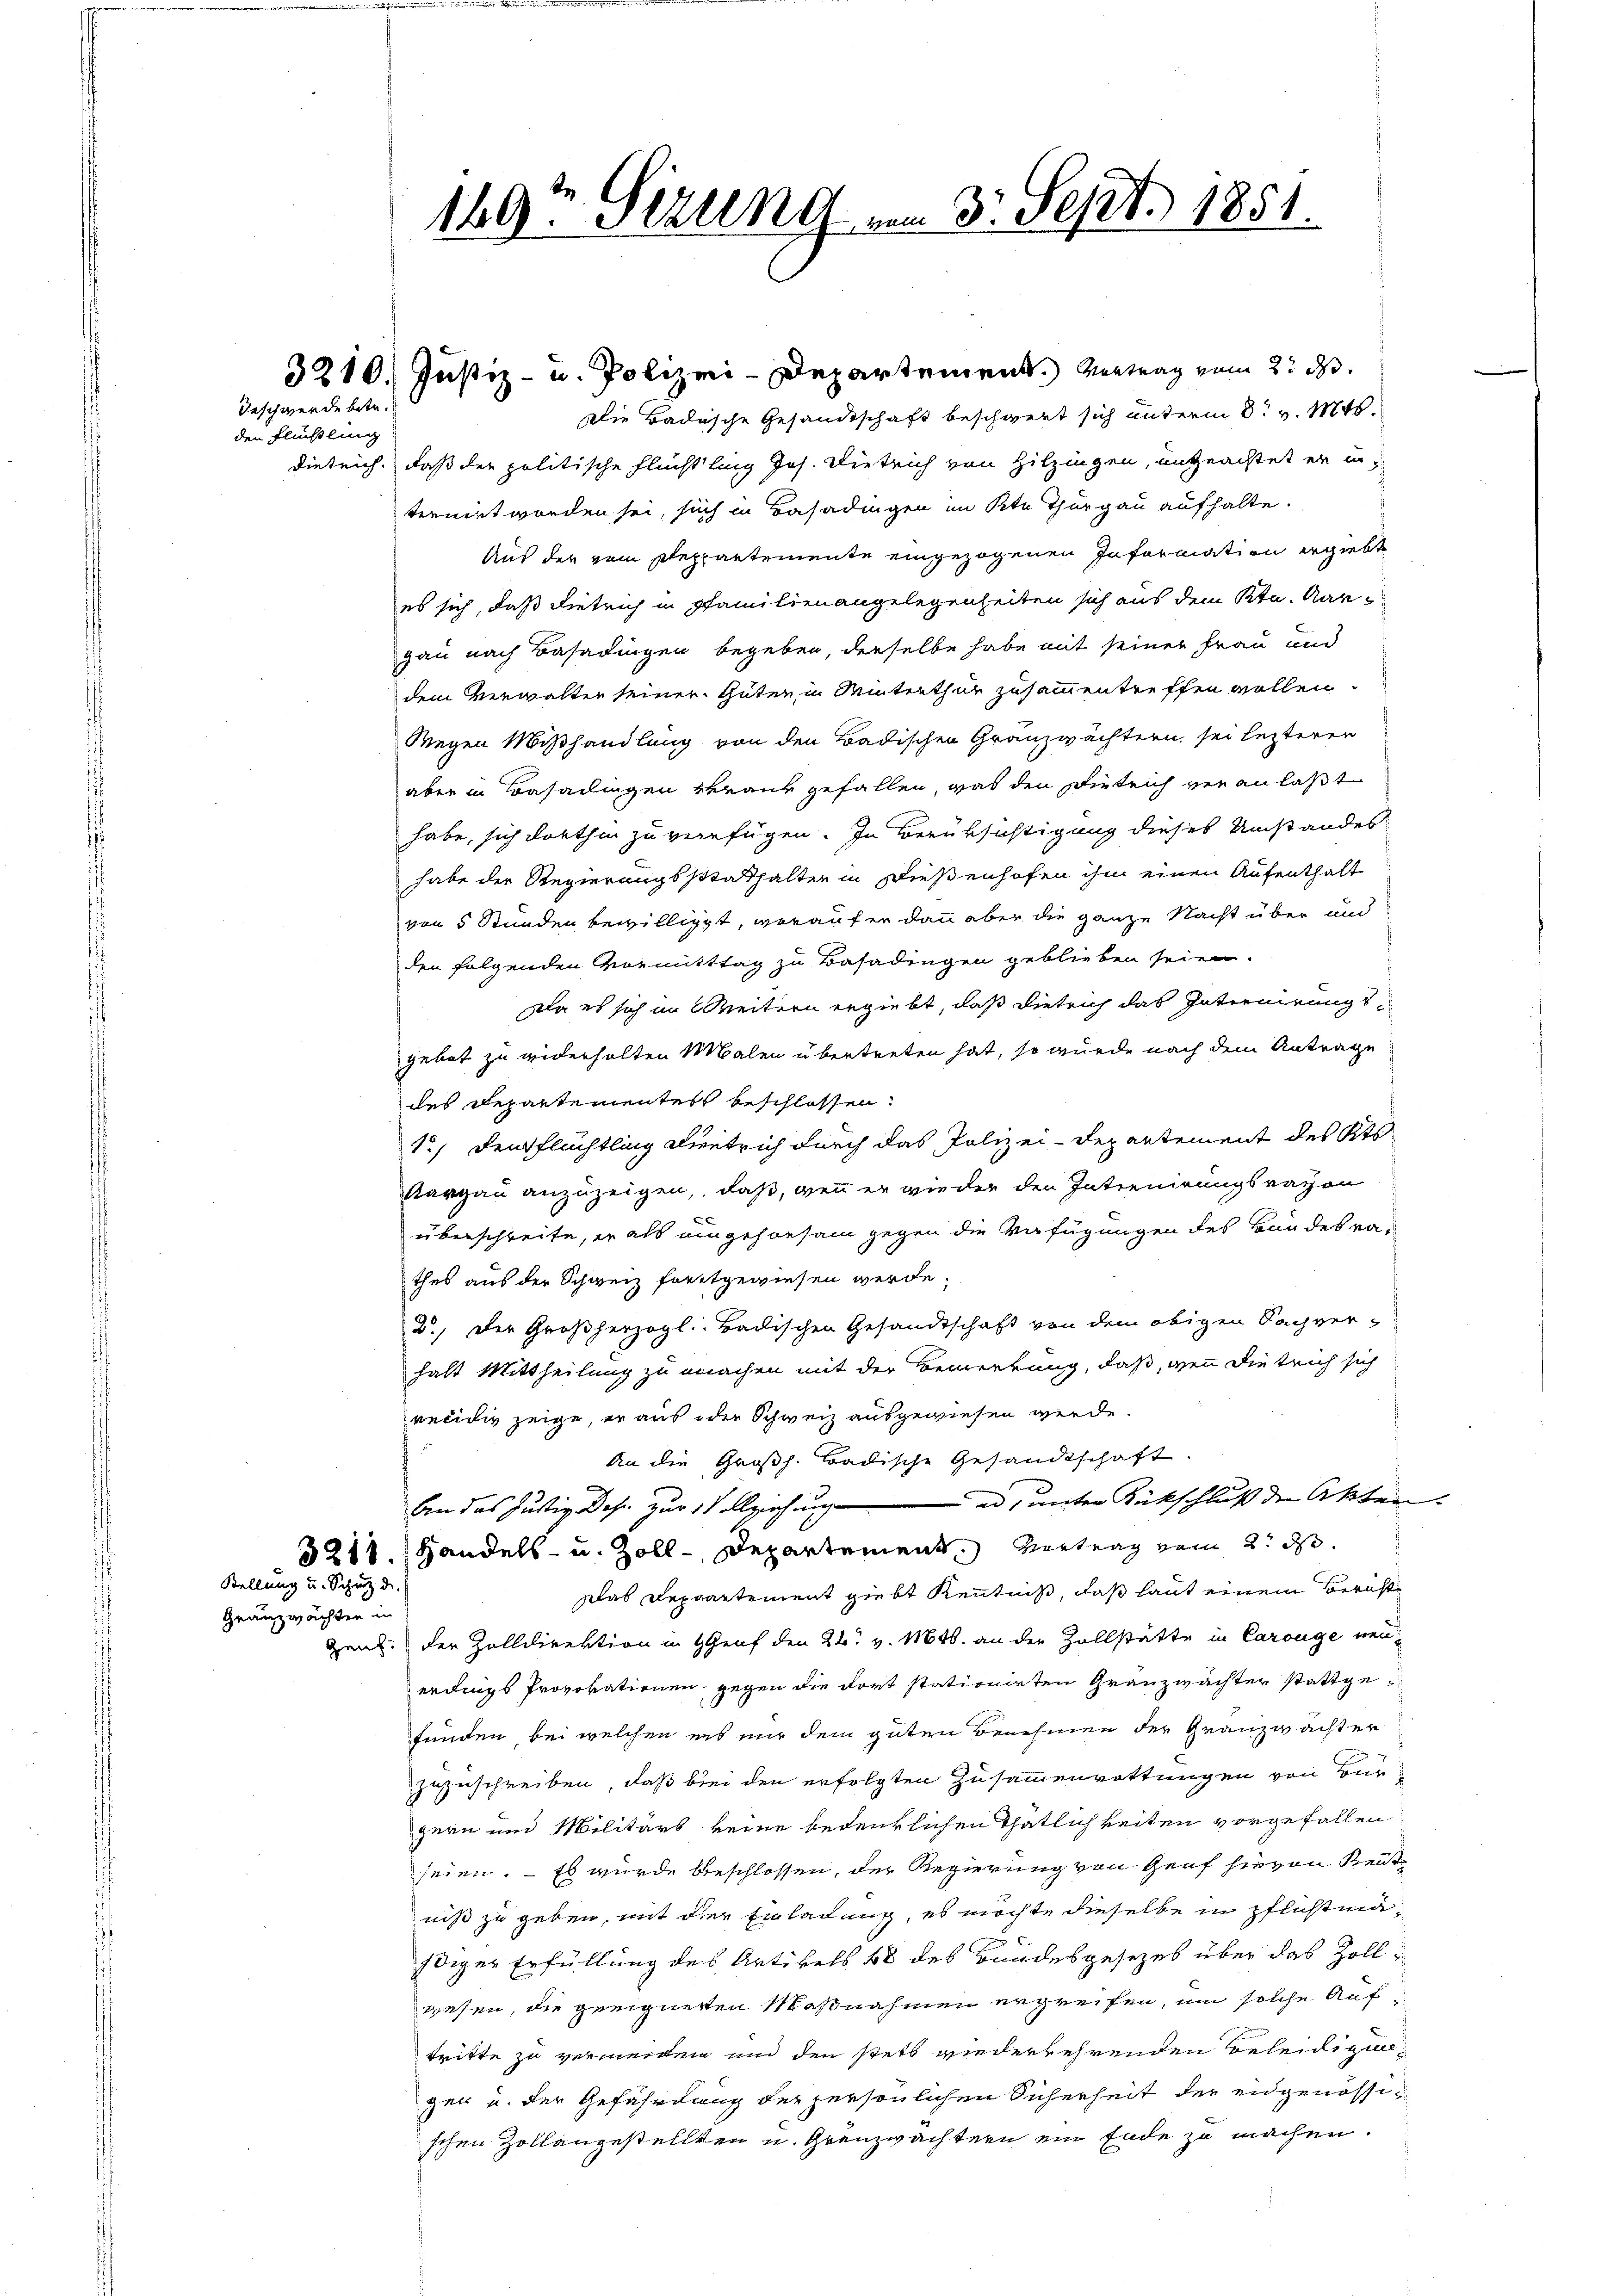
Beschwerde betr.
den Flückling

Stellung u. Schutz de

Granzwachten in

3210. Justiz- u. Polizei-Departement. Vertrag vom 2. ds.
Die Badische Gesandtschaft beschwert sich unterm 8t v. Mts.
dieleich, daß der politische Flüchtling Jos. Dietrich von Hitzingen, ungeachtet er in
ternirt worden sei, sich in Basadingen im Kt. Thurgau aufhalte.
Aus der vom Deppartemente eingezogenen Information ergiebt
es sich, daß Dietrich in pfamilienangelegenheiten sich aus dem Ktn. Aar-
gau nach Basadingen begeben, derselbe habe mit seiner Frau und
dem Verwalten seiner Güter in Winterthur zusammentreffen wollen.
Wegen Maßhandlung von den Badischen Granzwächtern sei lezteren
aber in Basadingen verank gefallen, was den Dieleich veranlaßt
habe, sich dorthin zu verfügen. In Berüksichtigung dieses Umstandes
habe der Regierungsstathalter in Dießenhofen ihm einen Aufenthalt
von 5 Stunden bewilliget, worauf er dann aber die ganze Nacht über und
den folgenden Vormitttag zu Basadingen geblieben seien.
Da es sich im Weitern ergiebt, daß dietrich das Internirungsgebot zu widerholten Malen übertreten hat, so wurde nach dem Antrage
des Repartementest beschlossen:
1.) Denkflüchtling Dientrich durch das Polizei-Departement des Kts
Aargau anzuzeigen, daß, wenn er wieder den Internirungsrayon
überschreite, er als umgehorsam gegen die Verfügungen des Handesrathes aus der Schweiz forstgewiesen werde.
2.) Der Großherzogl. Badischen Gesandtschaft von dem obigen Sachver-
halt Mittheilung zu machen mit der Bemerkung, daß, wenn die trich sich
reeidig zeige, er aus oder Schweiz ausgewiesen werde
An die Großh. Badische Gesandtschaft.
bn das Justiz das zur Vollziehung ad unter Rückschluß der Akten.
3218. Handels- u. Zoll-Departement. Vortrag vom 2. d.
Das Departement giebt Kenntniß, daß laut einem Berichte
Gent der Zolldirektion in Genf den 24. v. 11646. an der Zollstätte in Carouge neuerdings Provokationen gegen die fort stationirten Grauzwächter stattgefunden bei welchen uns nur dem guten Benehmen der Granzwächter
zuzuschreiben, daß bei den erfolgten Zusammenrottungen von Burgern und Militärs keine bedeutlichen Thätlichkeiten vorgefallen
seien. – Es wurde beschlossen, der Regierung von Genf hievon Rent
niß zu geben, mit der Einladung, es möchte dieselbe in pflichtmahdiger Erfüllung des Artikels 48 des Bandesgesezes über das Zollwesen, die geeigneten Maßnahmen ergreifen, um solche Auftritte zu vermeiden und den stets wiederkehrenden Beleidigungen u. der Gefährdung des persönlichen Sicherheit der eidgenössischen Zollangestellten u. Grenzwachtern ein Ende zu machen.

160. Sezung am 3. Sept. 1851.